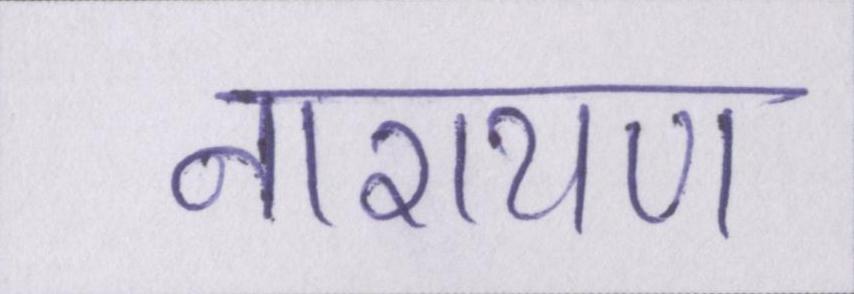
नारायण